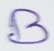
Text: B